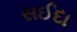
સઈદા